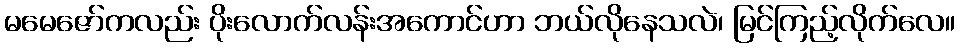
မမေဇော်ကလည်း ပိုးလောက်လန်းအကောင်ဟာ ဘယ်လိုနေသလဲ၊ မြင်ကြည့်လိုက်လေ။